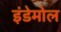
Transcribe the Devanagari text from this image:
इंडेमोल